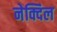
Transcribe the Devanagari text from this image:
नेक्दिल